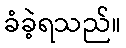
ခံခဲ့ရသည်။